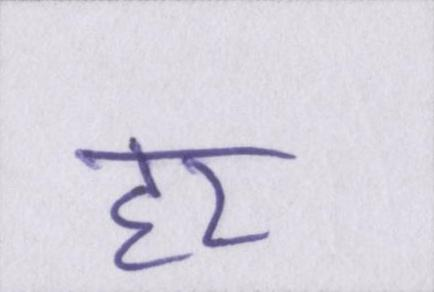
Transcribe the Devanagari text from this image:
हर